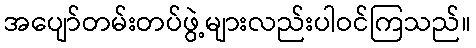
အပျော်တမ်းတပ်ဖွဲ့များလည်းပါဝင်ကြသည်။